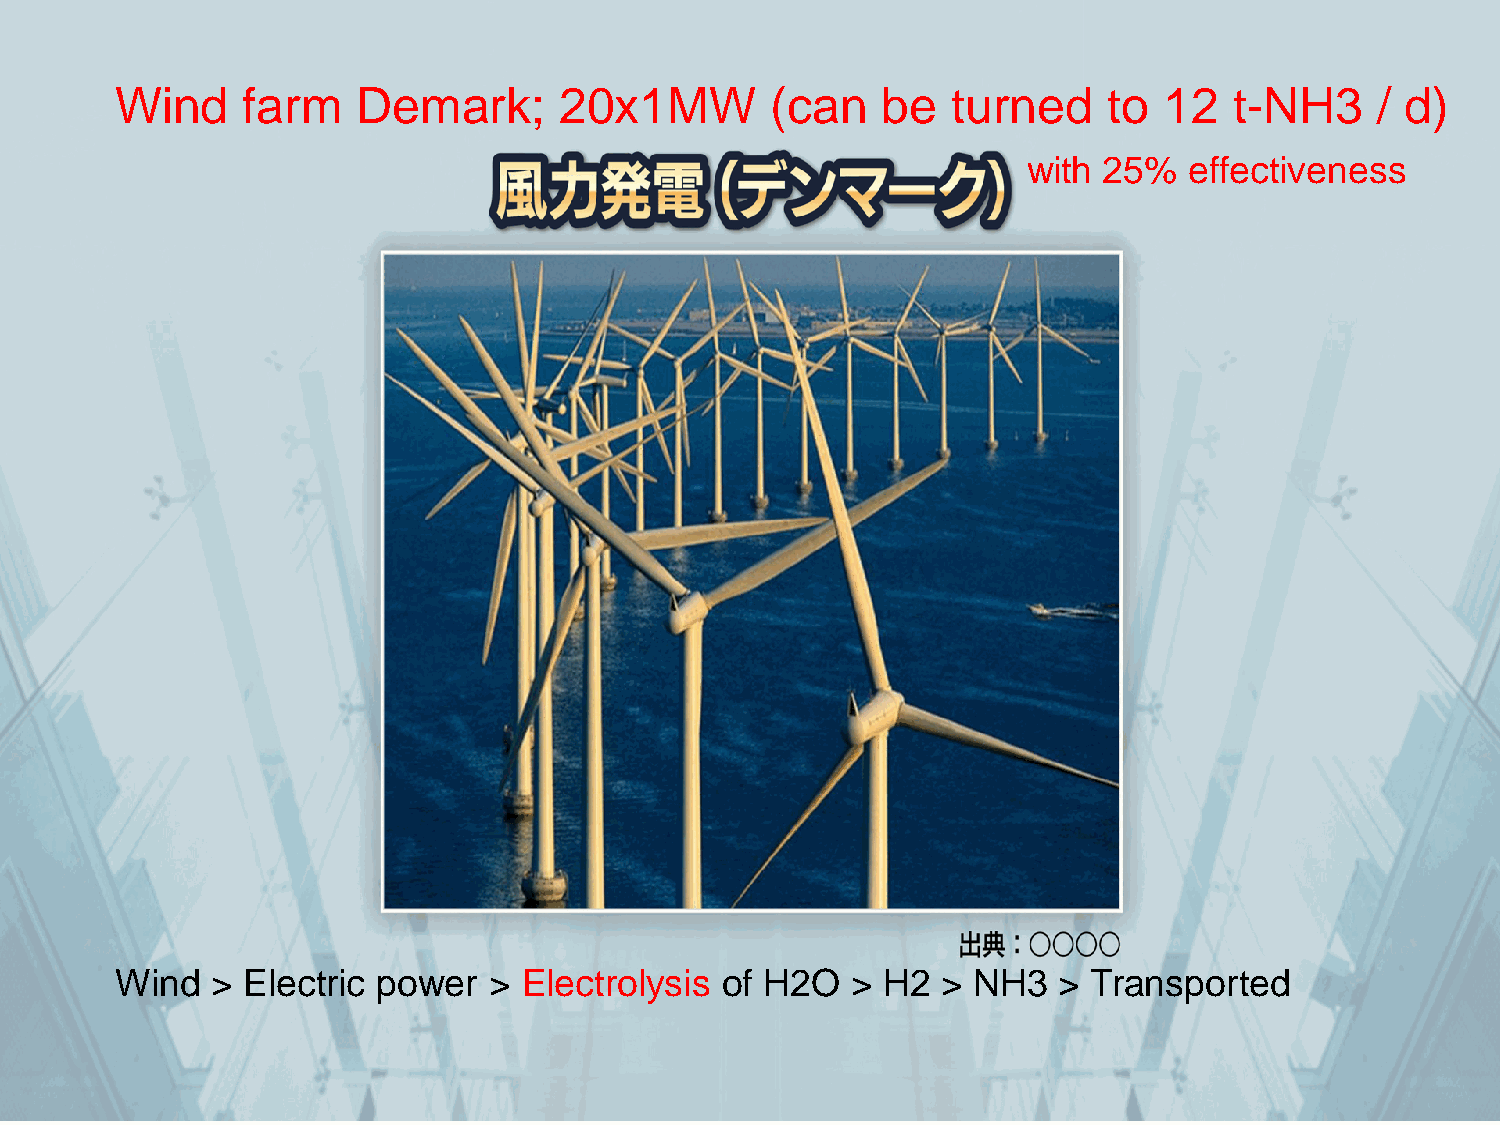
Wind    farm    Demark;      20x1MW        (can   be   turned    to  12   t-NH3    / d)
 with 25%   effectiveness
 Wind  > Electric power  >  Electrolysis of H2O  > H2  > NH3   > Transported